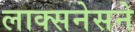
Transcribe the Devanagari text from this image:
लाक्सनेसने